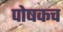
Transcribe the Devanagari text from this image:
पोषकच